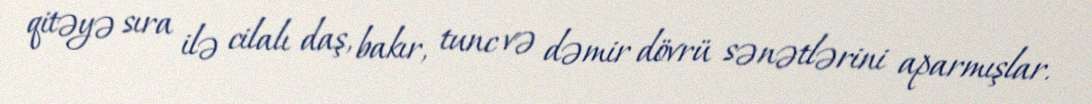
qitəyə sıra ilə cilalı daş, bakır, tunc və dəmir dövrü sənətlərini aparmışlar.